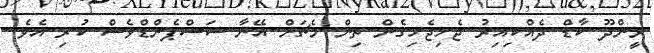
ރީންދޫ ކާޑް ދެއްކިއިރު ޖެހިޖެހިގެން ތިން މެޗަށް އޭނާ ސަސްޕެންޑްވެސް ކުރި އެވެ.